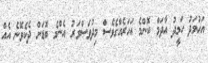
އަހުމަދު ހަމީދު އާދަމް ކޮންމެ އަހަރެއްގެވެސް މިދުވަސްވަރު އެންމެ ބޮޑަށް ދެކެވޭނެ އެއް